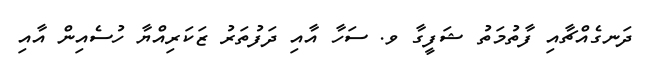
ދަނގެއްޗާއި ފާތުމަތު ޝަފީގާ ވ. ސަހާ އާއި ދަފުތަރު ޒަކަރިއްޔާ ހުސެއިން އާއި